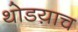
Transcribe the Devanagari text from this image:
थोडय़ाच